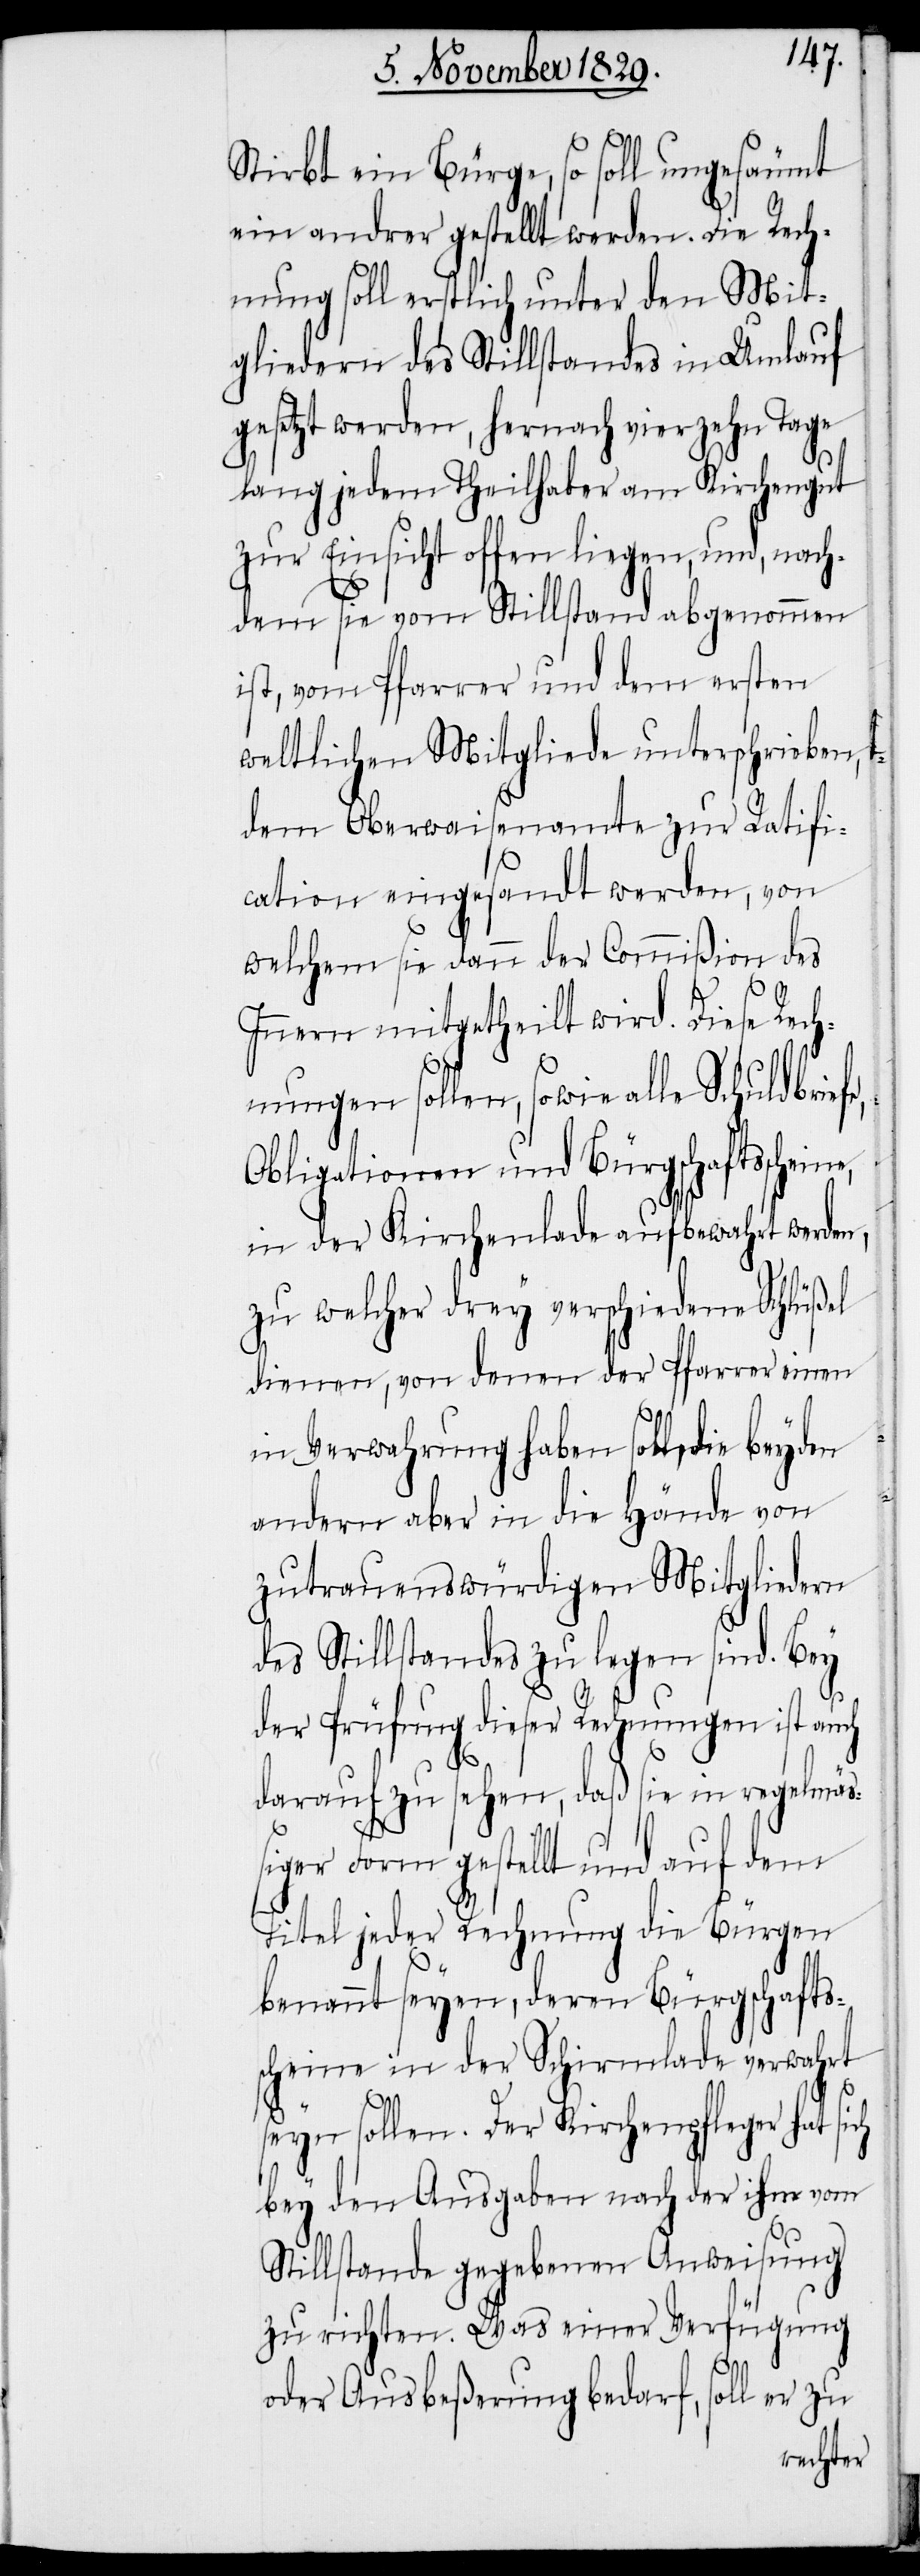
e,
Stirbt ein Bürge, so soll ungesäumt
ein andrer gestellt werden. Die Rech¬
nung soll erstlich unter den Mit¬
gliedern des Stillstandes in Umlauf
gesetzt werden, hernach vierzehn Tage
lang jedem Theilhaber am Kirchengut
zur Einsicht offen liegen, und, nach¬
dem sie vom Stillstand abgenommen
ist, vom Pfarrer und dem ersten
weltlichen Mitgliede unterschrieben,
dem Oberwaisenamte zur Ratifi¬
cation eingesandt werden, von
welchem sie dann der Commißion des
Innern mitgetheilt wird. Diese Rech¬
nungen sollen, sowie alle
Obligationen und Bürgschaftsschein¬
in der Kirchenlade aufbewahrt werden,
zu welcher drey verschiedene Schlüßel
dienen, von denen der Pfarrer einen
in Verwahrung haben soll, die beyden
andern aber in die Hände von
zutrauenswürdigen Mitgliedern
des Stillstandes zu legen sind. Bey
der Prüfung dieser Rechnungen ist auch
darauf zu sehen, daß sie in regelmäß¬
iger Form gestellt und auf dem
Titel jeder Rechnung die Bürgen
benannt seyen, deren Bürgschafts¬
scheine in der Schirmlade verwahrt
seyn sollen. Der Kirchenpfleger hat
bey den Ausgaben nach der ihm vom
Stillstande gegebenen Anweisung
zu richten. Was einer Verfügung
oder Ausbeßerung bedarf, soll er zu